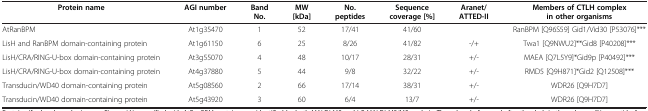
| Protein name | AGI number | Band No. | MW [kDa] | No. peptides | Sequence coverage [%] | Aranet/ATTED-II | Members of CTLH complex in other organisms |
 | --- | --- | --- | --- | --- | --- | --- | --- |
 | AtRanBPM | At1g35470 | 1 | 52 | 17/41 | 41/60 |  | RanBPM [Q96S59] Gid1/Vid30 [P53076]*** |
 | LisH and RanBPM domain-containing protein | At1g61150 | 6 | 25 | 8/26 | 41/82 | -/+ | Twa1 [Q9NWU2]**Gid8 [P40208]*** |
 | LisH/CRA/RING-U-box domain-containing protein | At3g55070 | 4 | 48 | 10/17 | 28/31 | +/- | MAEA [Q7L5Y9]*Gid9p [P40492]*** |
 | LisH/CRA/RING-U-box domain-containing protein | At4g37880 | 5 | 44 | 9/8 | 32/22 | +/- | RMD5 [Q9H871]*Gid2 [Q12508]*** |
 | Transducin/WD40 domain-containing protein | At5g08560 | 2 | 66 | 17/14 | 38/31 | +/- | WDR26 [Q9H7D7] |
 | Transducin/WD40 domain-containing protein | At5g43920 | 3 | 60 | 6/4 | 13/7 | +/- | WDR26 [Q9H7D7] |